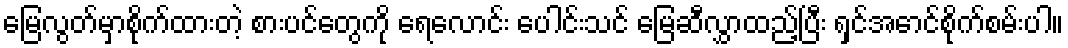
မြေလွတ်မှာစိုက်ထားတဲ့ စားပင်တွေကို ရေလောင်း ပေါင်းသင် မြေဆီလွှာထည့်ပြီး ရှင်အောင်စိုက်စမ်းပါ။